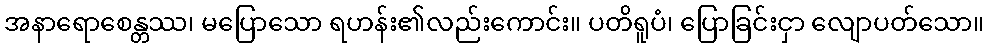
အနာရောစေန္တဿ၊ မပြောသော ရဟန်း၏လည်းကောင်း။ ပတိရူပံ၊ ပြောခြင်းငှာ လျောပတ်သော။